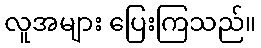
လူအများ ပြေးကြသည်။